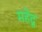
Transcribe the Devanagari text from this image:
महेंद्रू